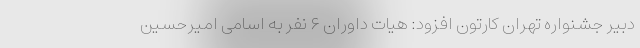
دبیر جشنواره تهران کارتون افزود: هیات داوران ۶ نفر به اسامی امیرحسین